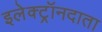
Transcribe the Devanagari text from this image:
इलेक्ट्रॉनदाता